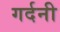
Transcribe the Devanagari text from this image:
गर्दनी